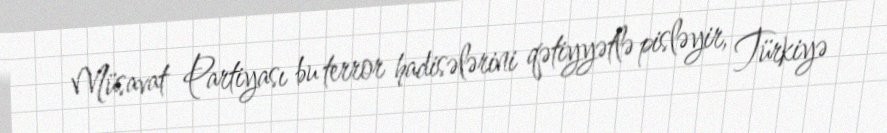
Müsavat Partiyası bu terror hadisələrini qətiyyətlə pisləyir, Türkiyə